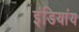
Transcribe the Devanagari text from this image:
इंडियांय